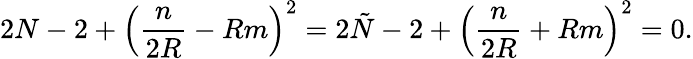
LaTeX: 2N-2+\left(\frac{n}{2R}-Rm\right)^{2}=2\tilde{N}-2+\left(\frac{n}{2R}+Rm\right)^{2}=0.